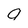
Character: a